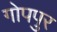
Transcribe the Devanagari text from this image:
गोपपुर